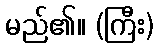
မည်၏။ (ကြီး)